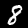
Label: 8